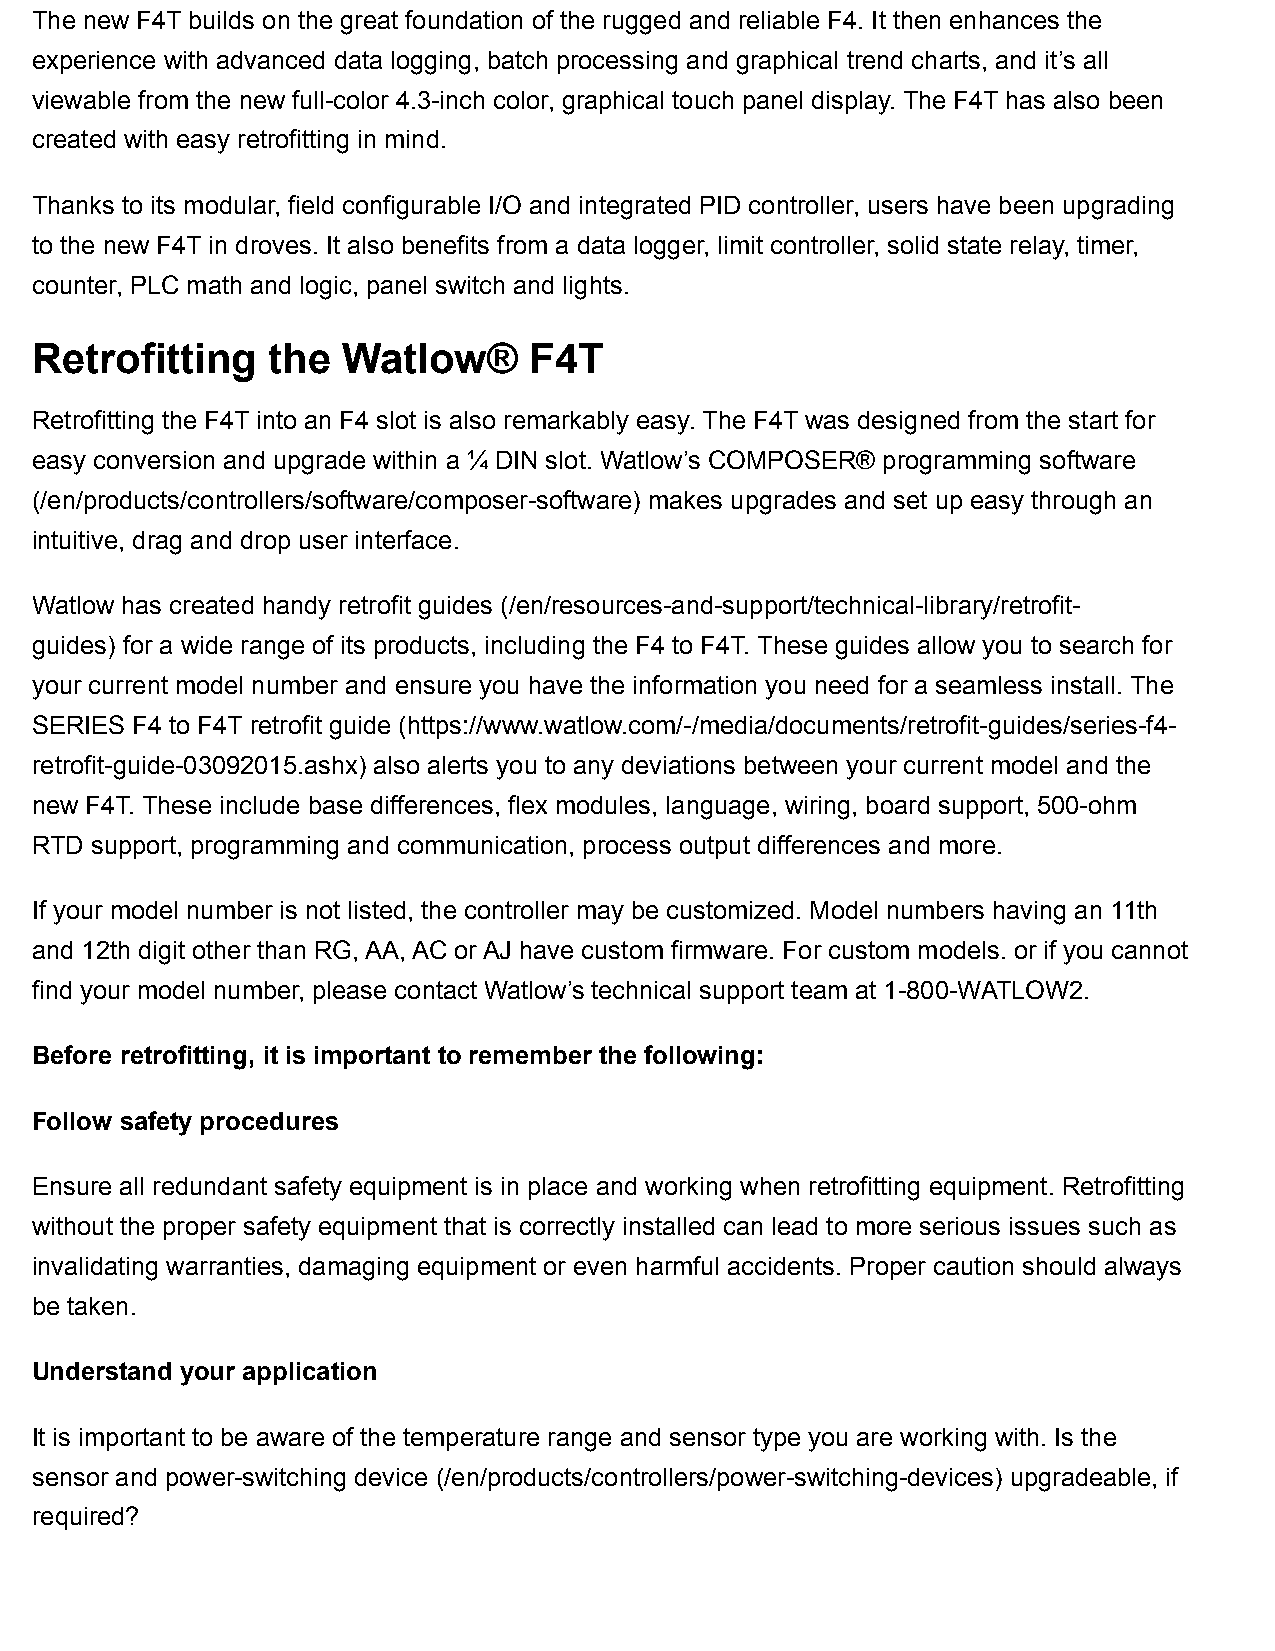
The new F4T builds on the great foundation of the rugged and reliable F4. It then enhances the
 experience with advanced data logging, batch processing and graphical trend charts, and it’s all
 viewable from the new full-color 4.3-inch color, graphical touch panel display. The F4T has also been
 created with easy retrofitting in mind.
 Thanks to its modular, field configurable I/O and integrated PID controller, users have been upgrading
 to the new F4T in droves. It also benefits from a data logger, limit controller, solid state relay, timer,
 counter, PLC math and logic, panel switch and lights.
 Retrofitting    the  Watlow®     F4T
 Retrofitting the F4T into an F4 slot is also remarkably easy. The F4T was designed from the start for
 easy conversion and upgrade within a ¼ DIN slot. Watlow’s COMPOSER® programming software
 (/en/products/controllers/software/composer-software) makes upgrades and set up easy through an
 intuitive, drag and drop user interface.
 Watlow has created handy retrofit guides (/en/resources-and-support/technical-library/retrofit-
 guides) for a wide range of its products, including the F4 to F4T. These guides allow you to search for
 your current model number and ensure you have the information you need for a seamless install. The
 SERIES F4 to F4T retrofit guide (https://www.watlow.com/-/media/documents/retrofit-guides/series-f4-
 retrofit-guide-03092015.ashx) also alerts you to any deviations between your current model and the
 new F4T. These include base differences, flex modules, language, wiring, board support, 500-ohm
 RTD support, programming and communication, process output differences and more.
 If your model number is not listed, the controller may be customized. Model numbers having an 11th
 and 12th digit other than RG, AA, AC or AJ have custom firmware. For custom models. or if you cannot
 find your model number, please contact Watlow’s technical support team at 1-800-WATLOW2.
 Before retrofitting, it is important to remember the following:
 Follow safety procedures
 Ensure all redundant safety equipment is in place and working when retrofitting equipment. Retrofitting
 without the proper safety equipment that is correctly installed can lead to more serious issues such as
 invalidating warranties, damaging equipment or even harmful accidents. Proper caution should always
 be taken.
 Understand your application
 It is important to be aware of the temperature range and sensor type you are working with. Is the
 sensor and power-switching device (/en/products/controllers/power-switching-devices) upgradeable, if
 required?